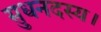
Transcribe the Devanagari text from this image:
सुधनदस्य।